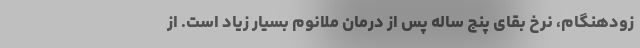
زودهنگام، نرخ بقای پنج ساله پس از درمان ملانوم بسیار زیاد است. از